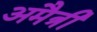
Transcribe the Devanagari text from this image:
अमैत्री